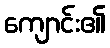
ကျောင်း၏